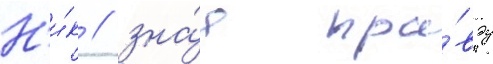
Н'и́к / зна́я пра́вду